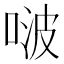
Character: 啵